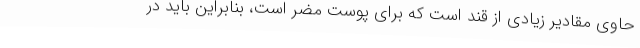
حاوی مقادیر زیادی از قند است که برای پوست مضر است، بنابراین باید در